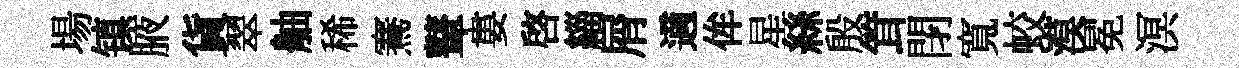
場镇腋貨翠舳稀騫鼙婁啓緇屑適侔星絲殷䇯閉寬蛟漠冕溟